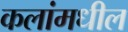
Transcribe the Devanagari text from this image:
कलांमधील